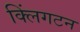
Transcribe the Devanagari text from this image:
क्लिंगटन